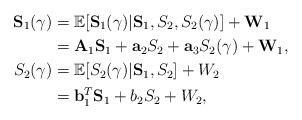
LaTeX: \begin{align*}\mathbf{S}_1(\gamma)&=\mathbb{E}[\mathbf{S}_1(\gamma)|\mathbf{S}_1,S_2,S_2(\gamma)]+\mathbf{W}_1\\&=\mathbf{A}_1\mathbf{S}_1+\mathbf{a}_2S_2+\mathbf{a}_3S_2(\gamma)+\mathbf{W}_1,\\S_2(\gamma)&=\mathbb{E}[S_2(\gamma)|\mathbf{S}_1,S_2]+W_2\\&=\mathbf{b}^T_1\mathbf{S}_1+b_2S_2+W_2,\end{align*}